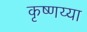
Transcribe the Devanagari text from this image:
कृष्णय्या